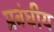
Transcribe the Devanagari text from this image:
प्रबंधीय